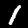
Digit: 1